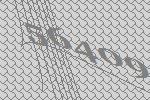
56409